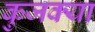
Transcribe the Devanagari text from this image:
कुजक्या